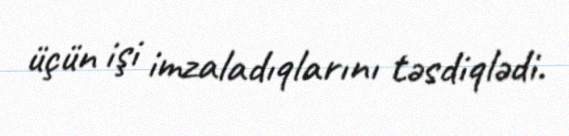
üçün işi imzaladıqlarını təsdiqlədi.